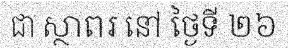
ជា ស្ថាពរ នៅ ថ្ងៃទី ២៦